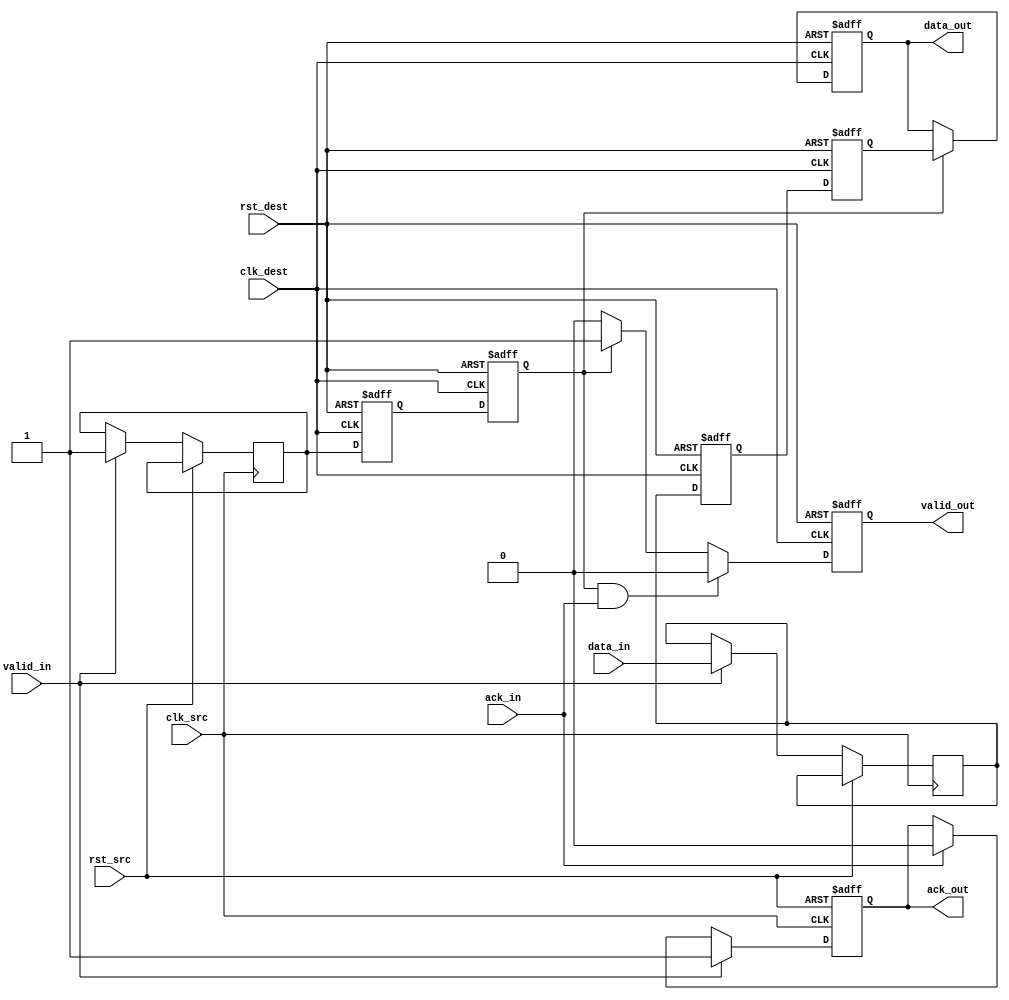
module handshake_synchronizer #(
    parameter DATA_WIDTH = 8
)(
    // Input signals from the source clock domain
    input  wire [DATA_WIDTH-1:0] data_in,
    input  wire valid_in,
    input  wire clk_src,
    input  wire rst_src,

    // Input signals from the destination clock domain
    input  wire clk_dest,
    input  wire rst_dest,

    // Output signals for the destination clock domain
    output reg [DATA_WIDTH-1:0] data_out,
    output reg valid_out,

    // Handshake signals
    input  wire ack_in,
    output reg ack_out
);

    // Internal registers
    reg [DATA_WIDTH-1:0] data_reg;
    reg valid_reg;

    // Synchronizing valid signal and data to destination clock domain
    reg valid_sync_1, valid_sync_2;
    reg [DATA_WIDTH-1:0] data_sync_1, data_sync_2;

    // Source domain logic
    always @(posedge clk_src or posedge rst_src) begin
        if (rst_src) begin
            ack_out <= 1'b0;
        end else if (valid_in) begin
            data_reg <= data_in;
            valid_reg <= 1'b1;
            ack_out <= 1'b1; // Assert ack_out when data is ready to send
        end else if (ack_in) begin
            ack_out <= 1'b0; // Deassert ack_out when ack_in is received
        end
    end

    // Synchronization logic for destination clock domain
    always @(posedge clk_dest or posedge rst_dest) begin
        if (rst_dest) begin
            data_out <= {DATA_WIDTH{1'b0}};
            valid_out <= 1'b0;
            valid_sync_1 <= 1'b0;
            valid_sync_2 <= 1'b0;
            data_sync_1 <= {DATA_WIDTH{1'b0}};
            data_sync_2 <= {DATA_WIDTH{1'b0}};
        end else begin
            // Synchronize the data and valid signals
            data_sync_1 <= data_reg;
            valid_sync_1 <= valid_reg;
            data_sync_2 <= data_sync_1;
            valid_sync_2 <= valid_sync_1;

            // Update output signals when valid data is synchronized
            if (valid_sync_2) begin
                data_out <= data_sync_2;
                valid_out <= 1'b1;
            end else begin
                valid_out <= 1'b0;
            end

            // Acknowledge receipt of the data
            if (valid_sync_2 && ack_in) begin
                valid_out <= 1'b0; // Deassert valid_out when ack_in is received
            end
        end
    end

endmodule